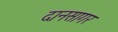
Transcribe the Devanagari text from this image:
दानसागर